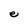
Character: e